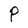
Character: P